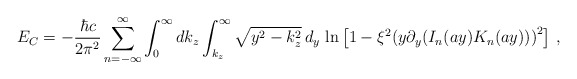
\begin{align*}E_C=-\frac{\hbar c}{2\pi^2}\sum_{n=-\infty}^{\infty}\int_0^\infty dk_z\int_{k_z}^\infty \sqrt{y^2-k_z^2}\,d_y\,\ln\left[ 1-{{\xi}^2}{{(y{{\partial }_y}({I_n}(a y){{{K}}_n}(a y)))}^2}\right]\, ,\end{align*}